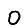
Digit: 0